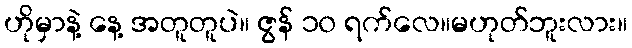
ဟိုမှာနဲ့ နေ့ အတူတူပဲ။ ဇွန် ၁၀ ရက်လေ။မဟုတ်ဘူးလား။